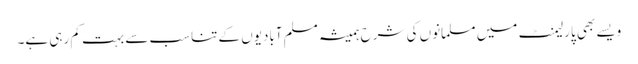
ویسے بھی پارلیمنٹ میں مسلمانوں کی شرح ہمیشہ مسلم آبادیوں کے تناسب سے بہت کم رہی ہے۔